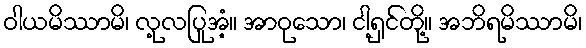
ဝါယမိဿာမိ၊ လု့လပြုအံ့။ အာဝုသော၊ ငါ့ရှင်တို့။ အဘိရမိဿာမိ၊